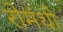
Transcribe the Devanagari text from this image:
रोमंथी